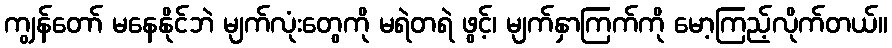
ကျွန်တော် မနေနိုင်ဘဲ မျက်လုံးတွေကို မရဲတရဲ ဖွင့်၊ မျက်နှာကြက်ကို မော့ကြည့်လိုက်တယ်။